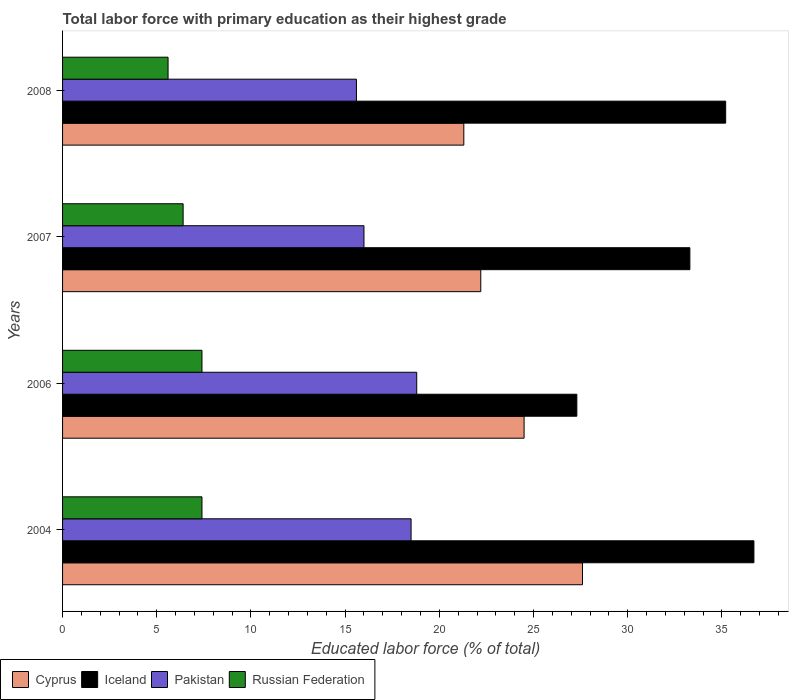
| Years | Cyprus | Iceland | Pakistan | Russian Federation |
 | --- | --- | --- | --- | --- |
 | 2004 | 27.6 | 36.7 | 18.5 | 7.4 |
 | 2006 | 24.5 | 27.3 | 18.8 | 7.4 |
 | 2007 | 22.2 | 33.3 | 16 | 6.4 |
 | 2008 | 21.3 | 35.2 | 15.6 | 5.6 |